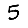
Digit: 5